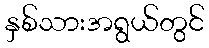
နှစ်သားအရွယ်တွင်